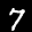
Label: 7